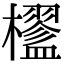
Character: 𣟇